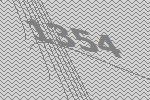
1354